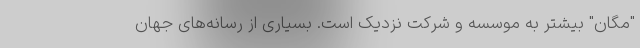
"مگان" بیشتر به موسسه و شرکت نزدیک است. بسیاری از رسانه‌های جهان